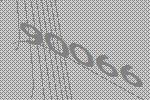
90066